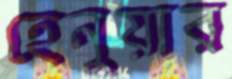
হেনুয়ার